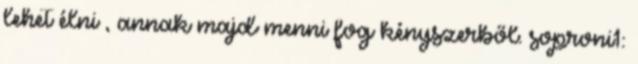
lehet élni , annak majd menni fog kényszerből. soproni1: